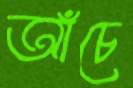
আঁচে